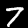
Label: 7